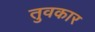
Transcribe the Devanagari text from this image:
तुवकार